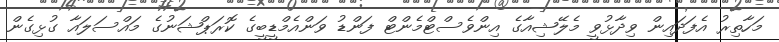
މަހާތިރު އެފަދައިން ވިދާޅުވީ މެލޭޝިއާގެ އިންވެސްޓްމެންޓް ފަންޑު ވަންއެމްޑީބީގެ ކޮރަޕްޝަނުގެ މައްސަލައާ ގުޅިގެން